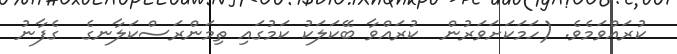
ކުރައްވަމެވެ. (ހަމަކަށަވަރުން  ކުރައްވާ ބޭކަލަކު ކަމުގައި ތިމަންރަސްކަލާނގެ  ގެފާނު